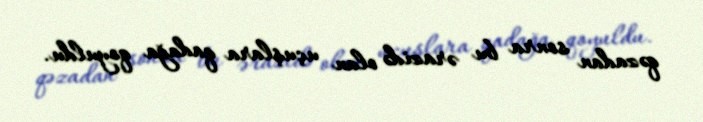
qəzadan sonra bu ərazidə olan uçuşlara qadağa qoyuldu.